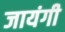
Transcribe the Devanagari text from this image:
जायंगी